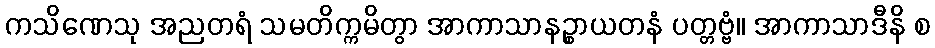
ကသိဏေသု အညတရံ သမတိက္ကမိတွာ အာကာသာနဉ္စာယတနံ ပတ္တဗ္ဗံ။ အာကာသာဒီနိ စ